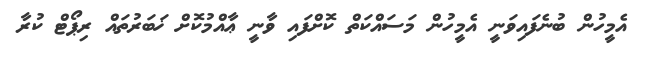
އެމީހުން ބުނެފައިވަނީ އެމީހުން މަސައްކަތް ކޮށްފައި ވާނީ ޢާއްމުކޮށް ޚަބަރުތައް ރިޕޯޓް ކުރާ